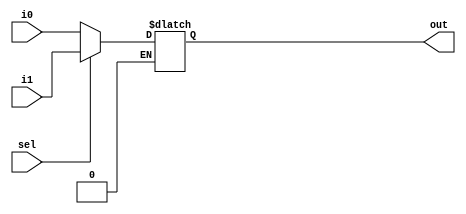
module mux_2_to_1_6_bit(
    input wire [5:0] i0,
    input wire [5:0] i1,
    input wire sel,
    output [5:0] out
);

reg [5:0] ans;
always @(*) begin
    if (sel == 0)
        ans = i0;
    else if (sel == 1)
        ans = i1;
end

assign out = ans;

endmodule